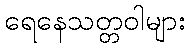
ရေနေသတ္တဝါများ